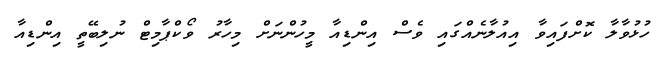
ހުޅުވާލާ ކޮށްފައިވާ އިއުލާނެއްގައި ވެސް އިންޑިއާ މީހުންނަށް މިހާރު ވޯކްޕާމިޓް ނުލިބޭތީ އިންޑިއާ